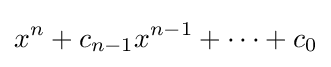
x^{n}+c_{n-1}x^{n-1}+\cdots +c_{0}